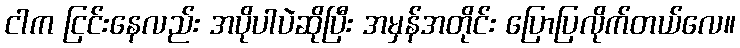
ငါက ငြင်းနေလည်း အပိုပါပဲဆိုပြီး အမှန်အတိုင်း ပြောပြလိုက်တယ်လေ။